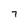
Character: 7